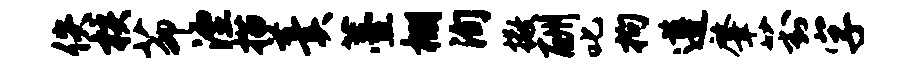
佚核茆湮描羹薹棚洵撒酬叱拘遵肇葑字